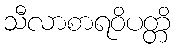
သီလာစာရဝိပတ္တိ